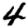
Digit: 4